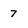
Character: 7